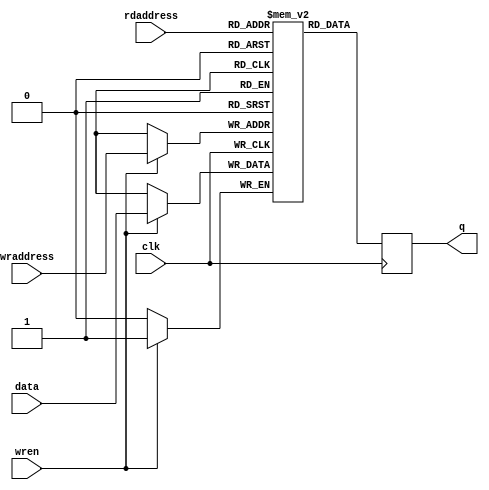
// This program was cloned from: https://github.com/airin711/Verilog-caches
// License: MIT License

/*
 * Copyright (c) 2014, Aleksander Osman
 * All rights reserved.
 * 
 * Redistribution and use in source and binary forms, with or without
 * modification, are permitted provided that the following conditions are met:
 * 
 * * Redistributions of source code must retain the above copyright notice, this
 *   list of conditions and the following disclaimer.
 * 
 * * Redistributions in binary form must reproduce the above copyright notice,
 *   this list of conditions and the following disclaimer in the documentation
 *   and/or other materials provided with the distribution.
 * 
 * THIS SOFTWARE IS PROVIDED BY THE COPYRIGHT HOLDERS AND CONTRIBUTORS "AS IS"
 * AND ANY EXPRESS OR IMPLIED WARRANTIES, INCLUDING, BUT NOT LIMITED TO, THE
 * IMPLIED WARRANTIES OF MERCHANTABILITY AND FITNESS FOR A PARTICULAR PURPOSE ARE
 * DISCLAIMED. IN NO EVENT SHALL THE COPYRIGHT HOLDER OR CONTRIBUTORS BE LIABLE
 * FOR ANY DIRECT, INDIRECT, INCIDENTAL, SPECIAL, EXEMPLARY, OR CONSEQUENTIAL
 * DAMAGES (INCLUDING, BUT NOT LIMITED TO, PROCUREMENT OF SUBSTITUTE GOODS OR
 * SERVICES; LOSS OF USE, DATA, OR PROFITS; OR BUSINESS INTERRUPTION) HOWEVER
 * CAUSED AND ON ANY THEORY OF LIABILITY, WHETHER IN CONTRACT, STRICT LIABILITY,
 * OR TORT (INCLUDING NEGLIGENCE OR OTHERWISE) ARISING IN ANY WAY OUT OF THE USE
 * OF THIS SOFTWARE, EVEN IF ADVISED OF THE POSSIBILITY OF SUCH DAMAGE.
 */

module simple_ram
  #(parameter width     = 1,
    parameter widthad   = 1
    )
   (
    input 		   clk,
    
    input [widthad-1:0]    wraddress,
    input 		   wren,
    input [width-1:0] 	   data,
    
    input [widthad-1:0]    rdaddress,
    output reg [width-1:0] q
    );

reg [width-1:0] mem [(2**widthad)-1:0];

always @(posedge clk) begin
    if(wren) mem[wraddress] <= data;
    
    q <= mem[rdaddress];
end

endmodule